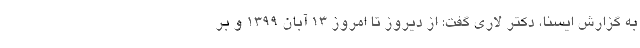
به گزارش ایسنا، دکتر لاری گفت: از دیروز تا امروز ۱۳ آبان ۱۳۹۹ و بر